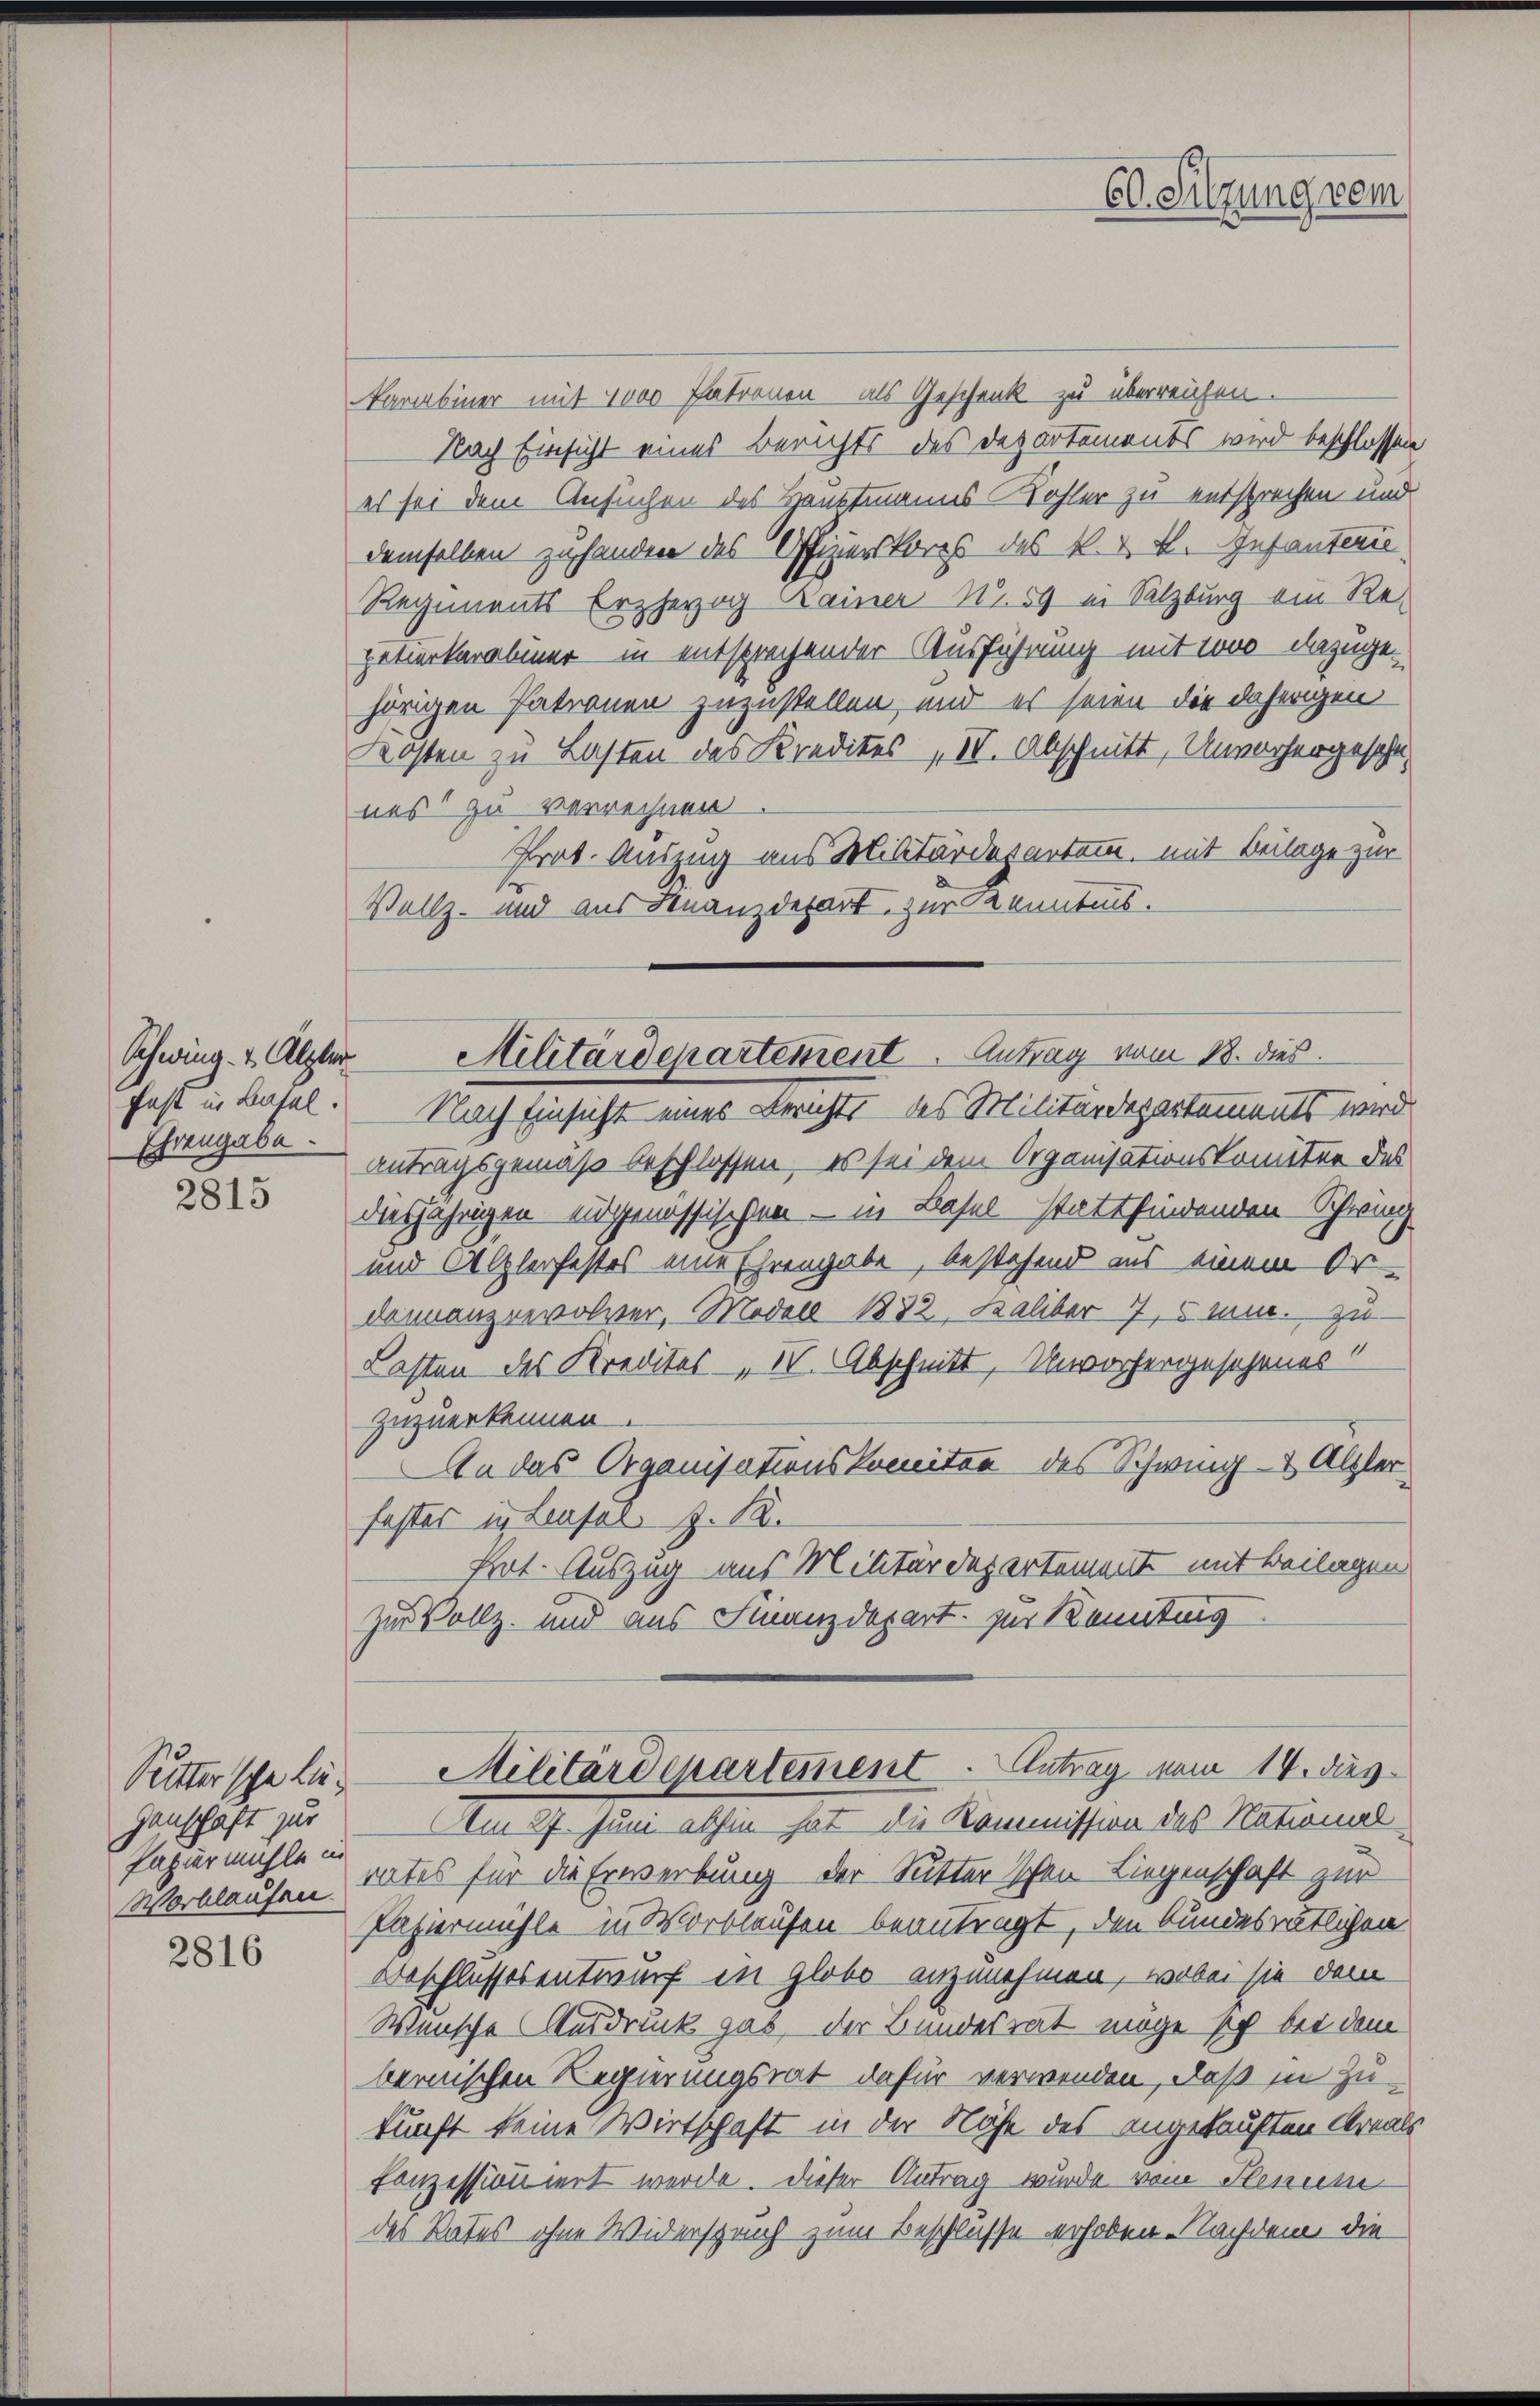
Schwing & Alpber
Ehrengabe.

2815

2816

genschaft zur
Papiermühle in
Wortlaufen.

Narabiner mit 1000 Patronen als Geschenk zu überreichen.
Nach Einsicht eines Berichts des Departements wird beschlossen
es sei dem Ansuchen des Hauptmanns Kohler zu entsprechen und
demselben zuhanden des Offizierskorps des k. k. k. Gesanter
Regiments Erzherzog Lainer No. 59 in Salzburg ein Re-
petierkeraliner in entsprechender Ausführung mit 1000 dazugehörigen Patronen zuzustellen, und es seien die daherigen
Kosten zu Lasten des Kredites „IV. Abschnitt, Unvorhergeschänes zu verrechnen
Prot. Auszug aus Militärdepartamm, mit Beilage zur
Vollz- und aus Finanzdepart, zur Kenntnis.
Militärdepartement Antrag vom 18. dies
fast in Basel. Nach Einsicht eines Berichts des Militärdepartements wird
antragsgemäß beschlossen, es sei dem Organisationskomitee des
diesjährigen eingenössischen — in Basel-Stattfindenden Schweiz
und Alzlerfestes eine Ehrengabe, bestehend aus einem Or-
dainanzrevolver, Modell 1882, Kaliber 7,5 Min. zu
Lasten des Kredites - „IV. Abschnitt, Unvorhergesehenes“
zuzuerkennen.
An das Organisationskomitee des Schwing- & Alzler
faster in Leufer. Z. 12.
Prot. Auszug aus Militärdepartement mit Beilagen
zur Vollz- und aus Finanzdepart zur Kennting

Am 27. Juni abhin hat die Kommission des National
rates für die Erwerbung der Sutterschen Liegenschaft zur
Papiermühle in Vorblaufen beantragt, den bundesrätlichen
Beschlussesentwurf in globo anzunehmen, wobei sie dem
Wünsche Ausdruck gab, der Bundesrat möge sich bei dem
bernischen Regierungsrat dafür verwenden, daß in Zu-
kunft keine Wirtschaft in der Nähe des angekauften Areals
Conzessioniert werde. Dieser Antrag wurde vom Plenum
des Rates ohne Widerspruch zum Beschlüsse erhoben. Nachdem die

60. Sitzung vom

Suttersche le Militärdepartement. Antrag vom 14. dies